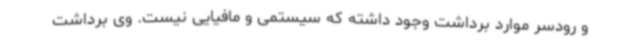
و رودسر موارد برداشت وجود داشته که سیستمی و مافیایی نیست. وی برداشت